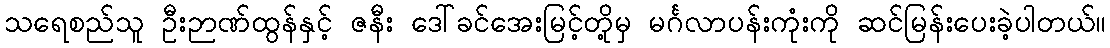
သရေစည်သူ ဦးဉာဏ်ထွန်နှင့် ဇနီး ဒေါ်ခင်အေးမြင့်တို့မှ မင်္ဂလာပန်းကုံးကို ဆင်မြန်းပေးခဲ့ပါတယ်။